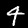
Digit: 4